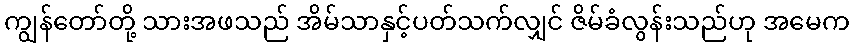
ကျွန်တော်တို့ သားအဖသည် အိမ်သာနှင့်ပတ်သက်လျှင် ဇိမ်ခံလွန်းသည်ဟု အမေက